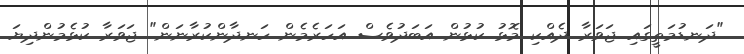
"ދަނޑުމަތީގައި ޖަވަރާ ދެއްކި މޮޅު ކުޅުން އަބަދުވެސް އަހަރެމެން ހަނދާންކުރާނަން" ޖަވަރާ ކުޅެމުންދިޔަ